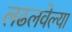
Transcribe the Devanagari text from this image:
लढलवेल्या